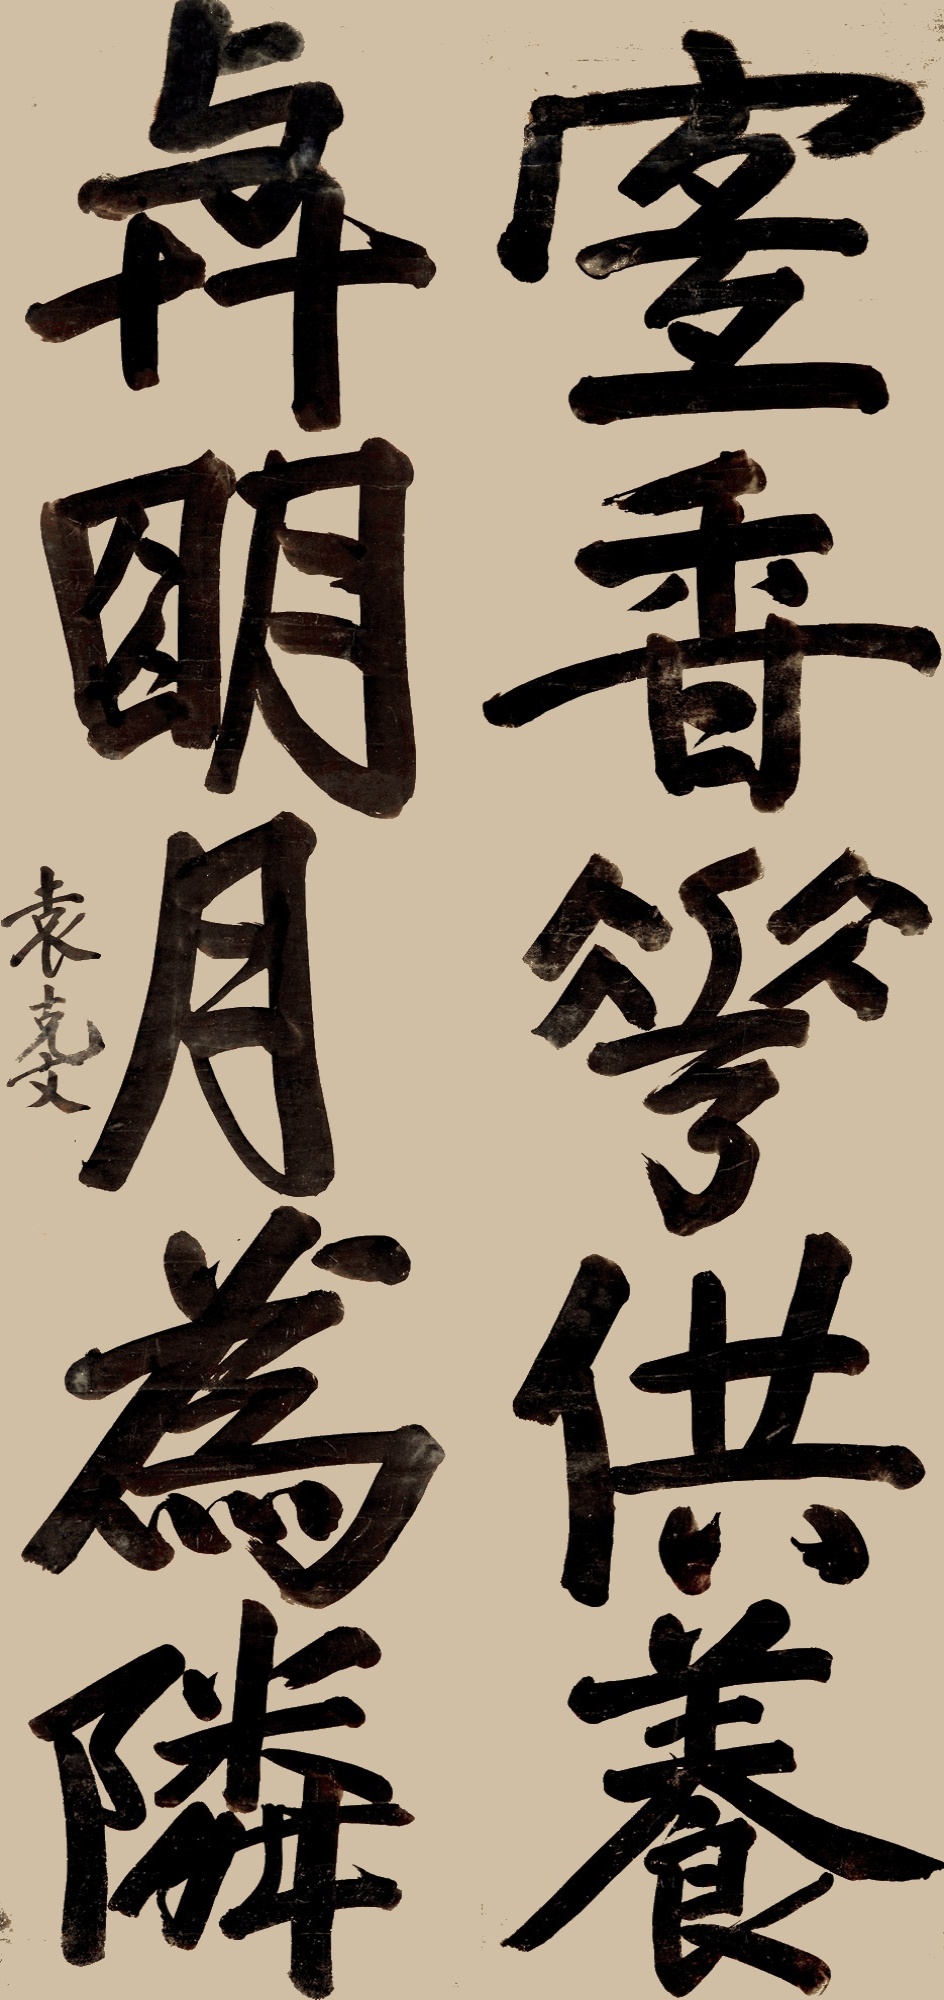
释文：宜香华供养，与明月为邻。袁克文。